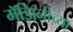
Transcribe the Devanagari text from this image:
मॅझिनीच्या